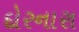
દોરનારા